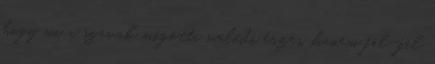
hogy mi a szavak mögötti valódi érzés, hanem fel-fel